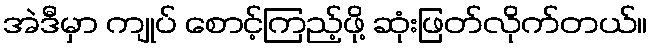
အဲဒီမှာ ကျုပ် စောင့်ကြည့်ဖို့ ဆုံးဖြတ်လိုက်တယ်။